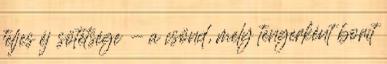
teljes éj sötétsége - a csönd, mely tengerként borít